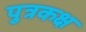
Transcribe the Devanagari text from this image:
पुत्रकक्ष